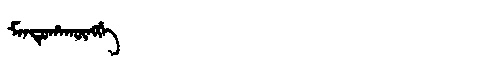
Manchu: ᠮᠠᠨᡨᡠᡥᠠᡴᡡᠩᡤᡝ
Romanization: MANTUHAKŪNGGE